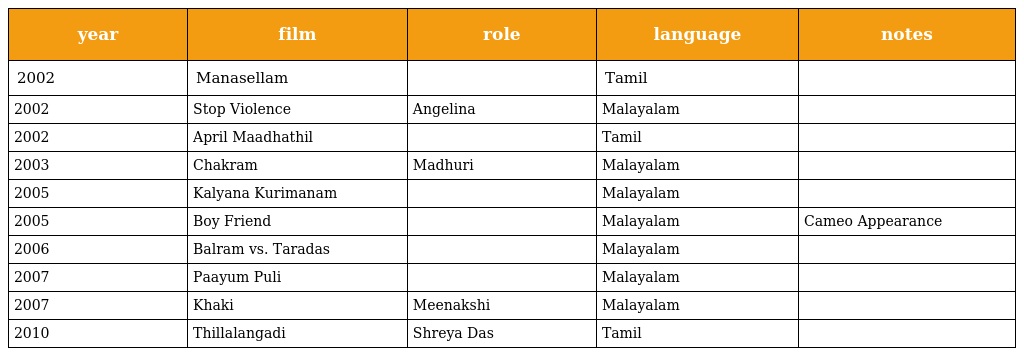
| year | film | role | language | notes |
 | --- | --- | --- | --- | --- |
 | 2002 | Manasellam |  | Tamil |  |
 | 2002 | Stop Violence | Angelina | Malayalam |  |
 | 2002 | April Maadhathil |  | Tamil |  |
 | 2003 | Chakram | Madhuri | Malayalam |  |
 | 2005 | Kalyana Kurimanam |  | Malayalam |  |
 | 2005 | Boy Friend |  | Malayalam | Cameo Appearance |
 | 2006 | Balram vs. Taradas |  | Malayalam |  |
 | 2007 | Paayum Puli |  | Malayalam |  |
 | 2007 | Khaki | Meenakshi | Malayalam |  |
 | 2010 | Thillalangadi | Shreya Das | Tamil |  |